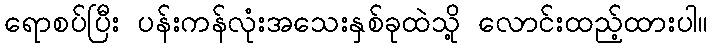
ရောစပ်ပြီး ပန်းကန်လုံးအသေးနှစ်ခုထဲသို့ လောင်းထည့်ထားပါ။